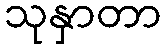
သုနှာတာ